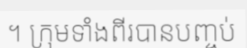
។ ក្រុមទាំងពីរបានបញ្ចប់